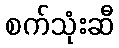
စက်သုံးဆီ